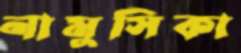
নামুসিকা